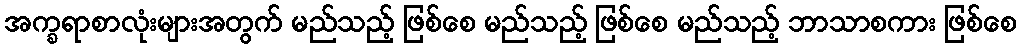
အက္ခရာစာလုံးများအတွက် မည်သည့် ဖြစ်စေ မည်သည့် ဖြစ်စေ မည်သည့် ဘာသာစကား ဖြစ်စေ